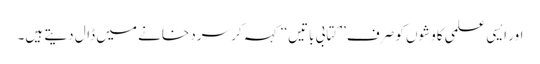
اور ایسی علمی کاوشوں کو صرف’’ کتابی باتیں‘‘ کہہ کر سرد خانے میں ڈال دیتے ہیں۔